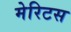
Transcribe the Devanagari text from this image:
मेरिटस